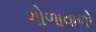
ગોળાવાળો